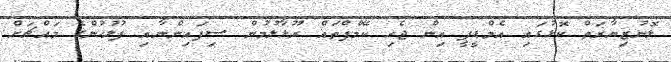
ލޮނުޒިޔާރަތް ކޮޅުގައި އެމްޑީޕީ އިން ޖެހި ކޭމްޕްތައް ރޫޅާލުމުން ސިފައިންނާއި ފުލުހުންގެ މައްޗަށް